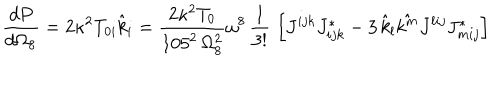
\frac { d P } { d \Omega _ { 8 } } = 2 \kappa ^ { 2 } T _ { 0 i } \hat { k } _ { i } = { \frac { 2 \kappa ^ { 2 } T _ { 0 } } { 1 0 5 ^ { 2 } \, \Omega _ { 8 } ^ { 2 } } } \omega ^ { 8 } \, { \frac { 1 } { 3 ! } } \, \left[ J ^ { i j k } J _ { i j k } ^ { * } - 3 \, \hat { k } _ { l } \hat { k ^ { m } } J ^ { l i j } J _ { m i j } ^ { * } \right]